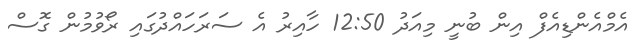
އެމްއެންޑިއެފް އިން ބުނީ މިއަދު 12:50 ހާއިރު އެ ސަރަހައްދުގައި ރޯވުމުން ގޮސް